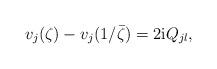
LaTeX: \begin{align*}v_j(\zeta)- v_j(1/\bar \zeta)&=2 \mathrm{i} Q_{jl},\end{align*}